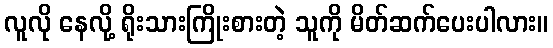
လူလို နေလို့ ရိုးသားကြိုးစားတဲ့ သူကို မိတ်ဆက်ပေးပါလား။